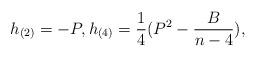
LaTeX: \begin{align*} h_{(2)}=-P,h_{(4)}=\frac 14(P^2-\frac{B}{n-4}),\end{align*}